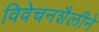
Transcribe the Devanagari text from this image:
विवेचनशैलीने